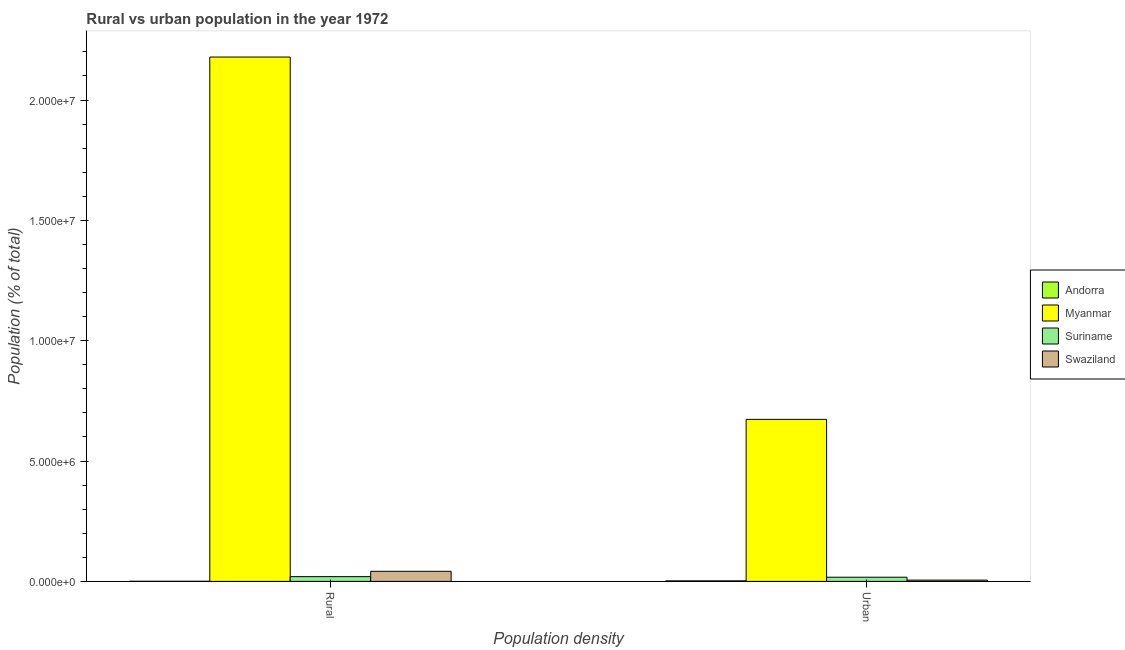
| Population density | Andorra | Myanmar | Suriname | Swaziland |
 | --- | --- | --- | --- | --- |
 | Rural | 4.49e+03 | 2.18e+07 | 1.98e+05 | 4.19e+05 |
 | Urban | 2.24e+04 | 6.73e+06 | 1.74e+05 | 5.32e+04 |